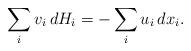
LaTeX: \begin{align*}\sum_i v_i \,dH_i = -\sum_i u_i \,dx_i.\end{align*}